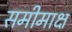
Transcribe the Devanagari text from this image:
समीमाक्ष